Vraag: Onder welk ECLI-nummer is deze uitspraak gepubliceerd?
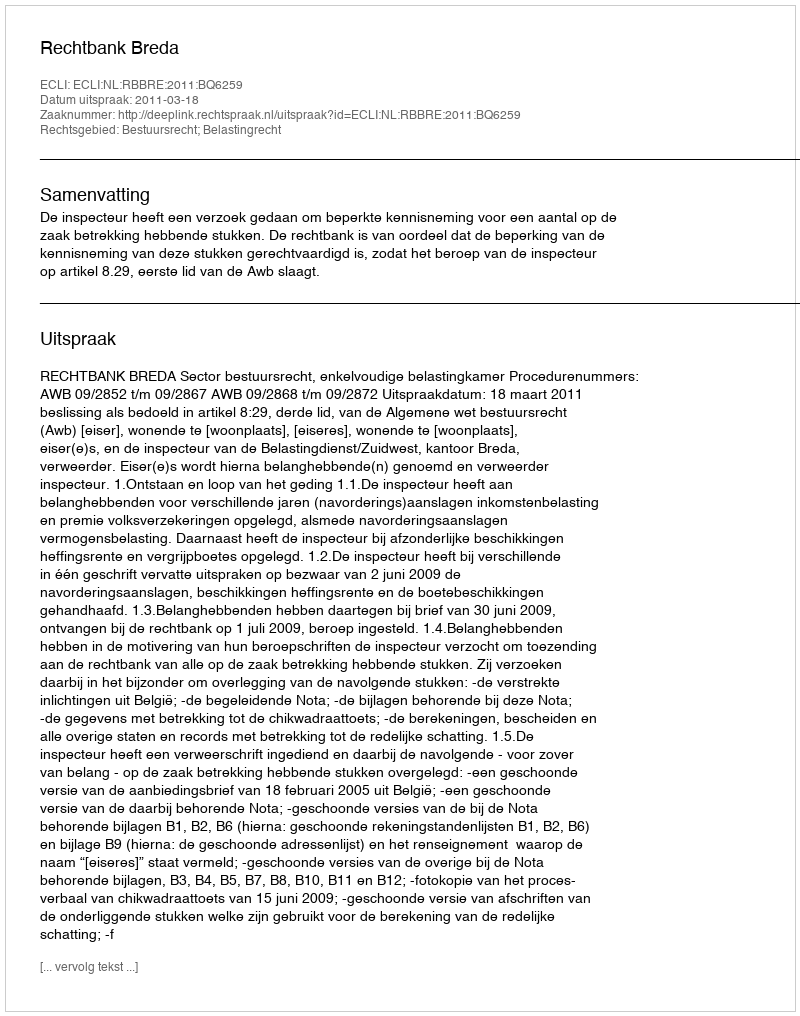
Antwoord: ECLI:NL:RBBRE:2011:BQ6259